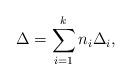
LaTeX: \begin{align*}\Delta=\sum_{i=1}^kn_i \Delta_i,\end{align*}